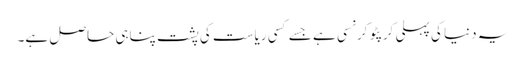
یہ دنیا کی پہلی کرپٹو کرنسی ہے جسے کسی ریاست کی پشت پناہی حاصل ہے۔